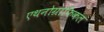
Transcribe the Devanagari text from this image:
एथनोग्राफिकल